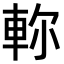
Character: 𨋎